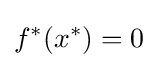
f^{*}(x^{*})=0